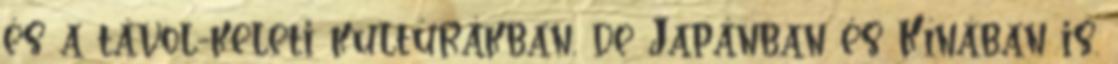
és a távol-keleti kultúrákban, de Japánban és Kínában is.